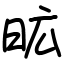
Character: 昿